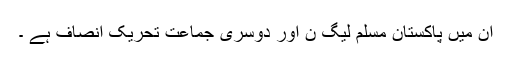
ان میں پاکستان مسلم لیگ ن اور دوسری جماعت تحریک انصاف ہے ۔